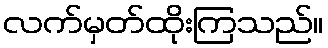
လက်မှတ်ထိုးကြသည်။